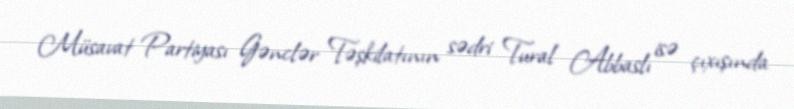
Müsavat Partiyası Gənclər Təşkilatının sədri Tural Abbaslı isə çıxışında